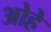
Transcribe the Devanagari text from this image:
ओहे